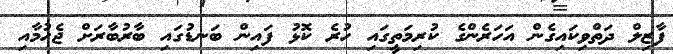
ފާޒިލް ދަތްވިކައިގެން އަހަރެންގެ ކުރިމަތީގައި ހުރެ ކޮޅު ފައިން ބަނޑުގައި ބާރުބާރަށް ޖެހުމާއި